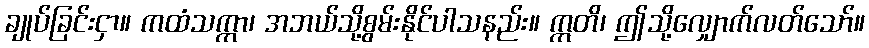
ချုပ်ခြင်းငှာ။ ကထံသက္ကာ၊ အဘယ်သို့စွမ်းနိုင်ပါသနည်း။ ဣတိ၊ ဤသို့လျှောက်လတ်သော်။